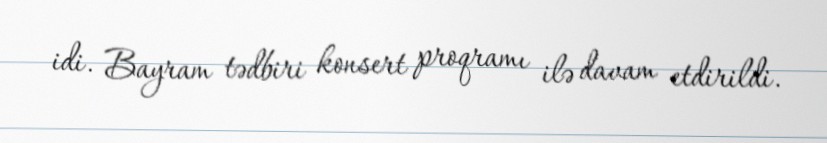
idi. Bayram tədbiri konsert proqramı ilə davam etdirildi.